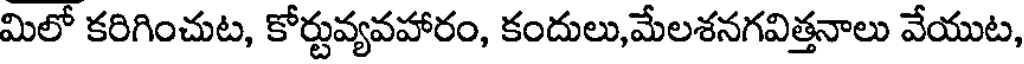
మిలో కరిగించుట, కోర్టువ్యవహారం, కందులు,మేలశనగవిత్తనాలు వేయుట,